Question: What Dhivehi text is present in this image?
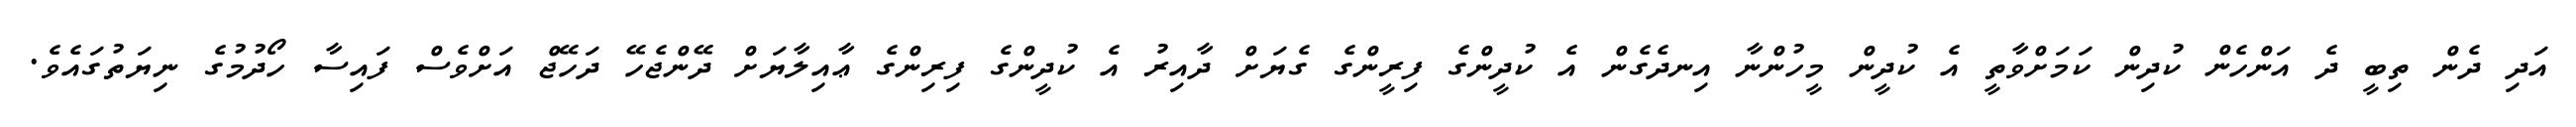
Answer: އަދި ދެން ތިބީ ދެ އަންހެން ކުދިން ކަމަށްވާތީ އެ ކުދީން މީހުންނާ އިނދެގެން އެ ކުދީންގެ ފިރީންގެ ގެޔަށް ދާއިރު އެ ކުދީންގެ ފިރިންގެ ޢާއިލާޔަށް ދޭންޖެހޭ ދަހޭޖް އަށްވެސް ފައިސާ ހޯދުމުގެ ނިޔަތުގައެވެ.